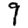
Digit: 9